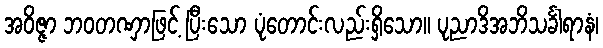
အဝိဇ္ဇာ ဘဝတဏှာဖြင့် ပြီးသော ပုံတောင်းလည်းရှိသော။ ပုညာဒိအဘိသင်္ခါရာနံ၊